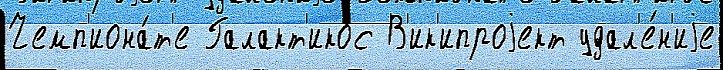
Чемп'иона́т'е Галакт'икос В'ик'ипроjект удал'е́н'иjе